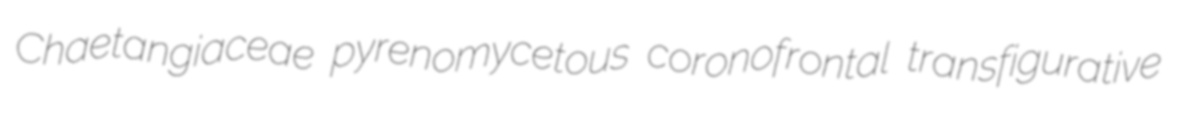
Chaetangiaceae pyrenomycetous coronofrontal transfigurative